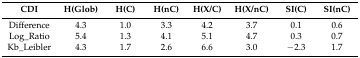
<table><thead><tr><td><b>CDI</b></td><td><b>H(Glob)</b></td><td><b>H(C)</b></td><td><b>H(nC)</b></td><td><b>H(X/C)</b></td><td><b>H(X/nC)</b></td><td><b>SI(C)</b></td><td><b>SI(nC)</b></td></tr></thead><tbody><tr><td>Difference</td><td>4.3</td><td>1.0</td><td>3.3</td><td>4.2</td><td>3.7</td><td>0.1</td><td>0.6</td></tr><tr><td>Log_Ratio</td><td>5.4</td><td>1.3</td><td>4.1</td><td>5.1</td><td>4.7</td><td>0.3</td><td>0.7</td></tr><tr><td>Kb_Leibler</td><td>4.3</td><td>1.7</td><td>2.6</td><td>6.6</td><td>3.0</td><td>−2.3</td><td>1.7</td></tr></tbody></table>